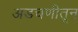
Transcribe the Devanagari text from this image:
अडचणीतून